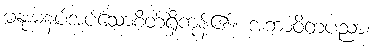
မနူးမနပ်အပ်သောစိတ်ရှိကုန်၏။ အဘာဝိတပညာ၊